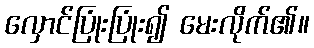
လှောင်ပြုံးပြုံး၍ မေးလိုက်၏။